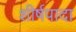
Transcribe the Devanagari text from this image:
शीर्षपादा